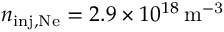
n _ { \mathrm { i n j , N e } } = 2 . 9 \times 1 0 ^ { 1 8 } \, \mathrm { m ^ { - 3 } }